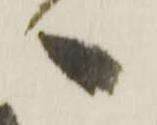
へ